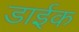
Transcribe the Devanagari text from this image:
डाईक